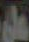
علی